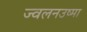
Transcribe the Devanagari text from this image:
ज्वलनउष्मा